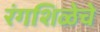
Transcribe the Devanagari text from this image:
रंगशिळेचे